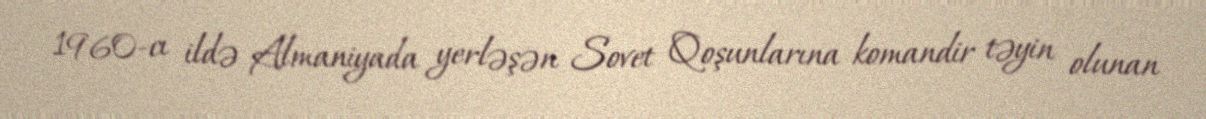
1960-cı ildə Almaniyada yerləşən Sovet Qoşunlarına komandir təyin olunan